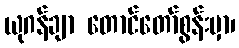
ယုဂန်ချာ တောင်တော်စွန်းမှာ၊